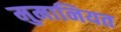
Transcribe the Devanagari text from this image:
मुमानियत